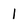
Character: l